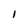
Character: I